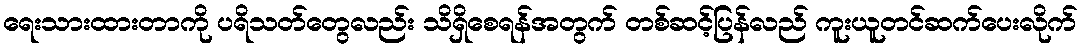
ရေးသားထားတာကို ပရိသတ်တွေလည်း သိရှိစေရန်အတွက် တစ်ဆင့်ပြန်လည် ကူးယူတင်ဆက်ပေးလိုက်